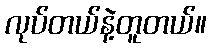
လုပ်တယ်နဲ့တူတယ်။